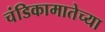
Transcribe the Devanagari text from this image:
चंडिकामातेच्या